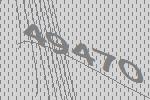
49470